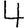
Digit: 4